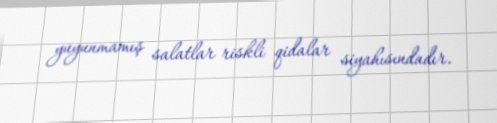
yuyunmamış salatlar riskli qidalar siyahısındadır.